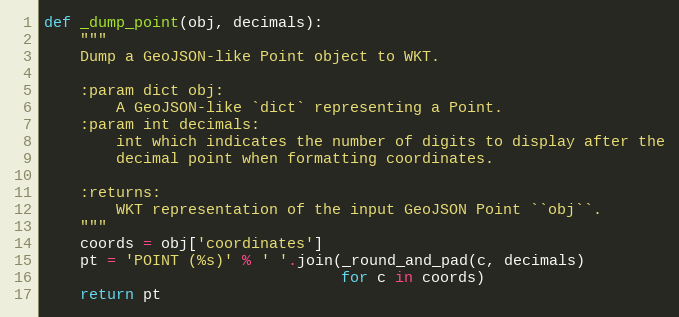
Language: Python
def _dump_point(obj, decimals):
    """
    Dump a GeoJSON-like Point object to WKT.

    :param dict obj:
        A GeoJSON-like `dict` representing a Point.
    :param int decimals:
        int which indicates the number of digits to display after the
        decimal point when formatting coordinates.

    :returns:
        WKT representation of the input GeoJSON Point ``obj``.
    """
    coords = obj['coordinates']
    pt = 'POINT (%s)' % ' '.join(_round_and_pad(c, decimals)
                                 for c in coords)
    return pt